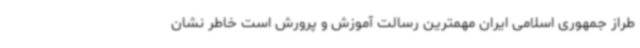
طراز جمهوری اسلامی ایران مهمترین رسالت آموزش و پرورش است خاطر نشان